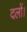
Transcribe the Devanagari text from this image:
दलों।